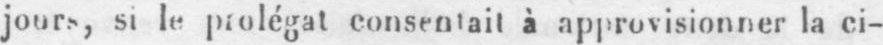
jours, si le prolégat consentait à approvisionner la ci-